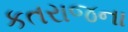
કતરાજના